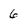
Character: 6